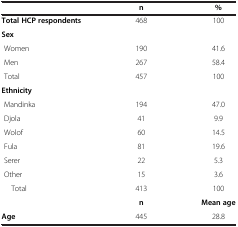
|  | n | % |
 | --- | --- | --- |
 | Total HCP respondents | 468 | 100 |
 | Sex |  |  |
 | Women | 190 | 41.6 |
 | Men | 267 | 58.4 |
 | Total | 457 | 100 |
 | Ethnicity |  |  |
 | Mandinka | 194 | 47.0 |
 | Djola | 41 | 9.9 |
 | Wolof | 60 | 14.5 |
 | Fula | 81 | 19.6 |
 | Serer | 22 | 5.3 |
 | Other | 15 | 3.6 |
 | Total | 413 | 100 |
 |  | n | Mean age |
 | Age | 445 | 28.8 |